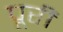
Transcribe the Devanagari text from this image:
पूरीं